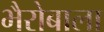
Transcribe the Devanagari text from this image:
भैरोबाला